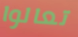
تعالوا